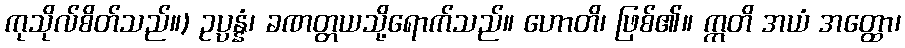
ကုသိုလ်စိတ်သည်။) ဥပ္ပန္နံ၊ ခဏတ္တယသို့ရောက်သည်။ ဟောတိ၊ ဖြစ်၏။ ဣတိ အယံ အတ္ထော၊